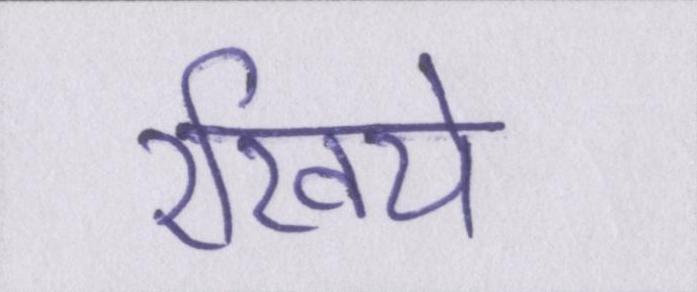
रखिये